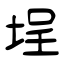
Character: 埕